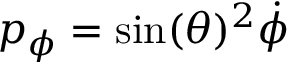
p _ { \phi } = \sin ( \theta ) ^ { 2 } { \dot { \phi } }